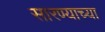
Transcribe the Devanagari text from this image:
सारण्याच्या